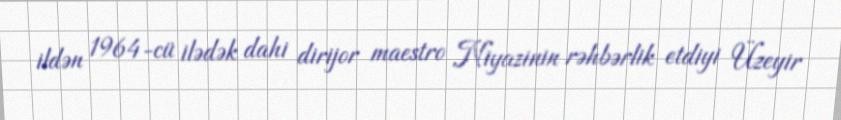
ildən 1964-cü ilədək dahi dirijor maestro Niyazinin rəhbərlik etdiyi Üzeyir